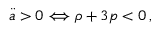
\ddot { a } > 0 \Longleftrightarrow \rho + 3 p < 0 \, ,